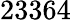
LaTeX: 23364